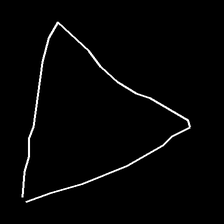
Glyph: convergence